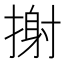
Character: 𢲌